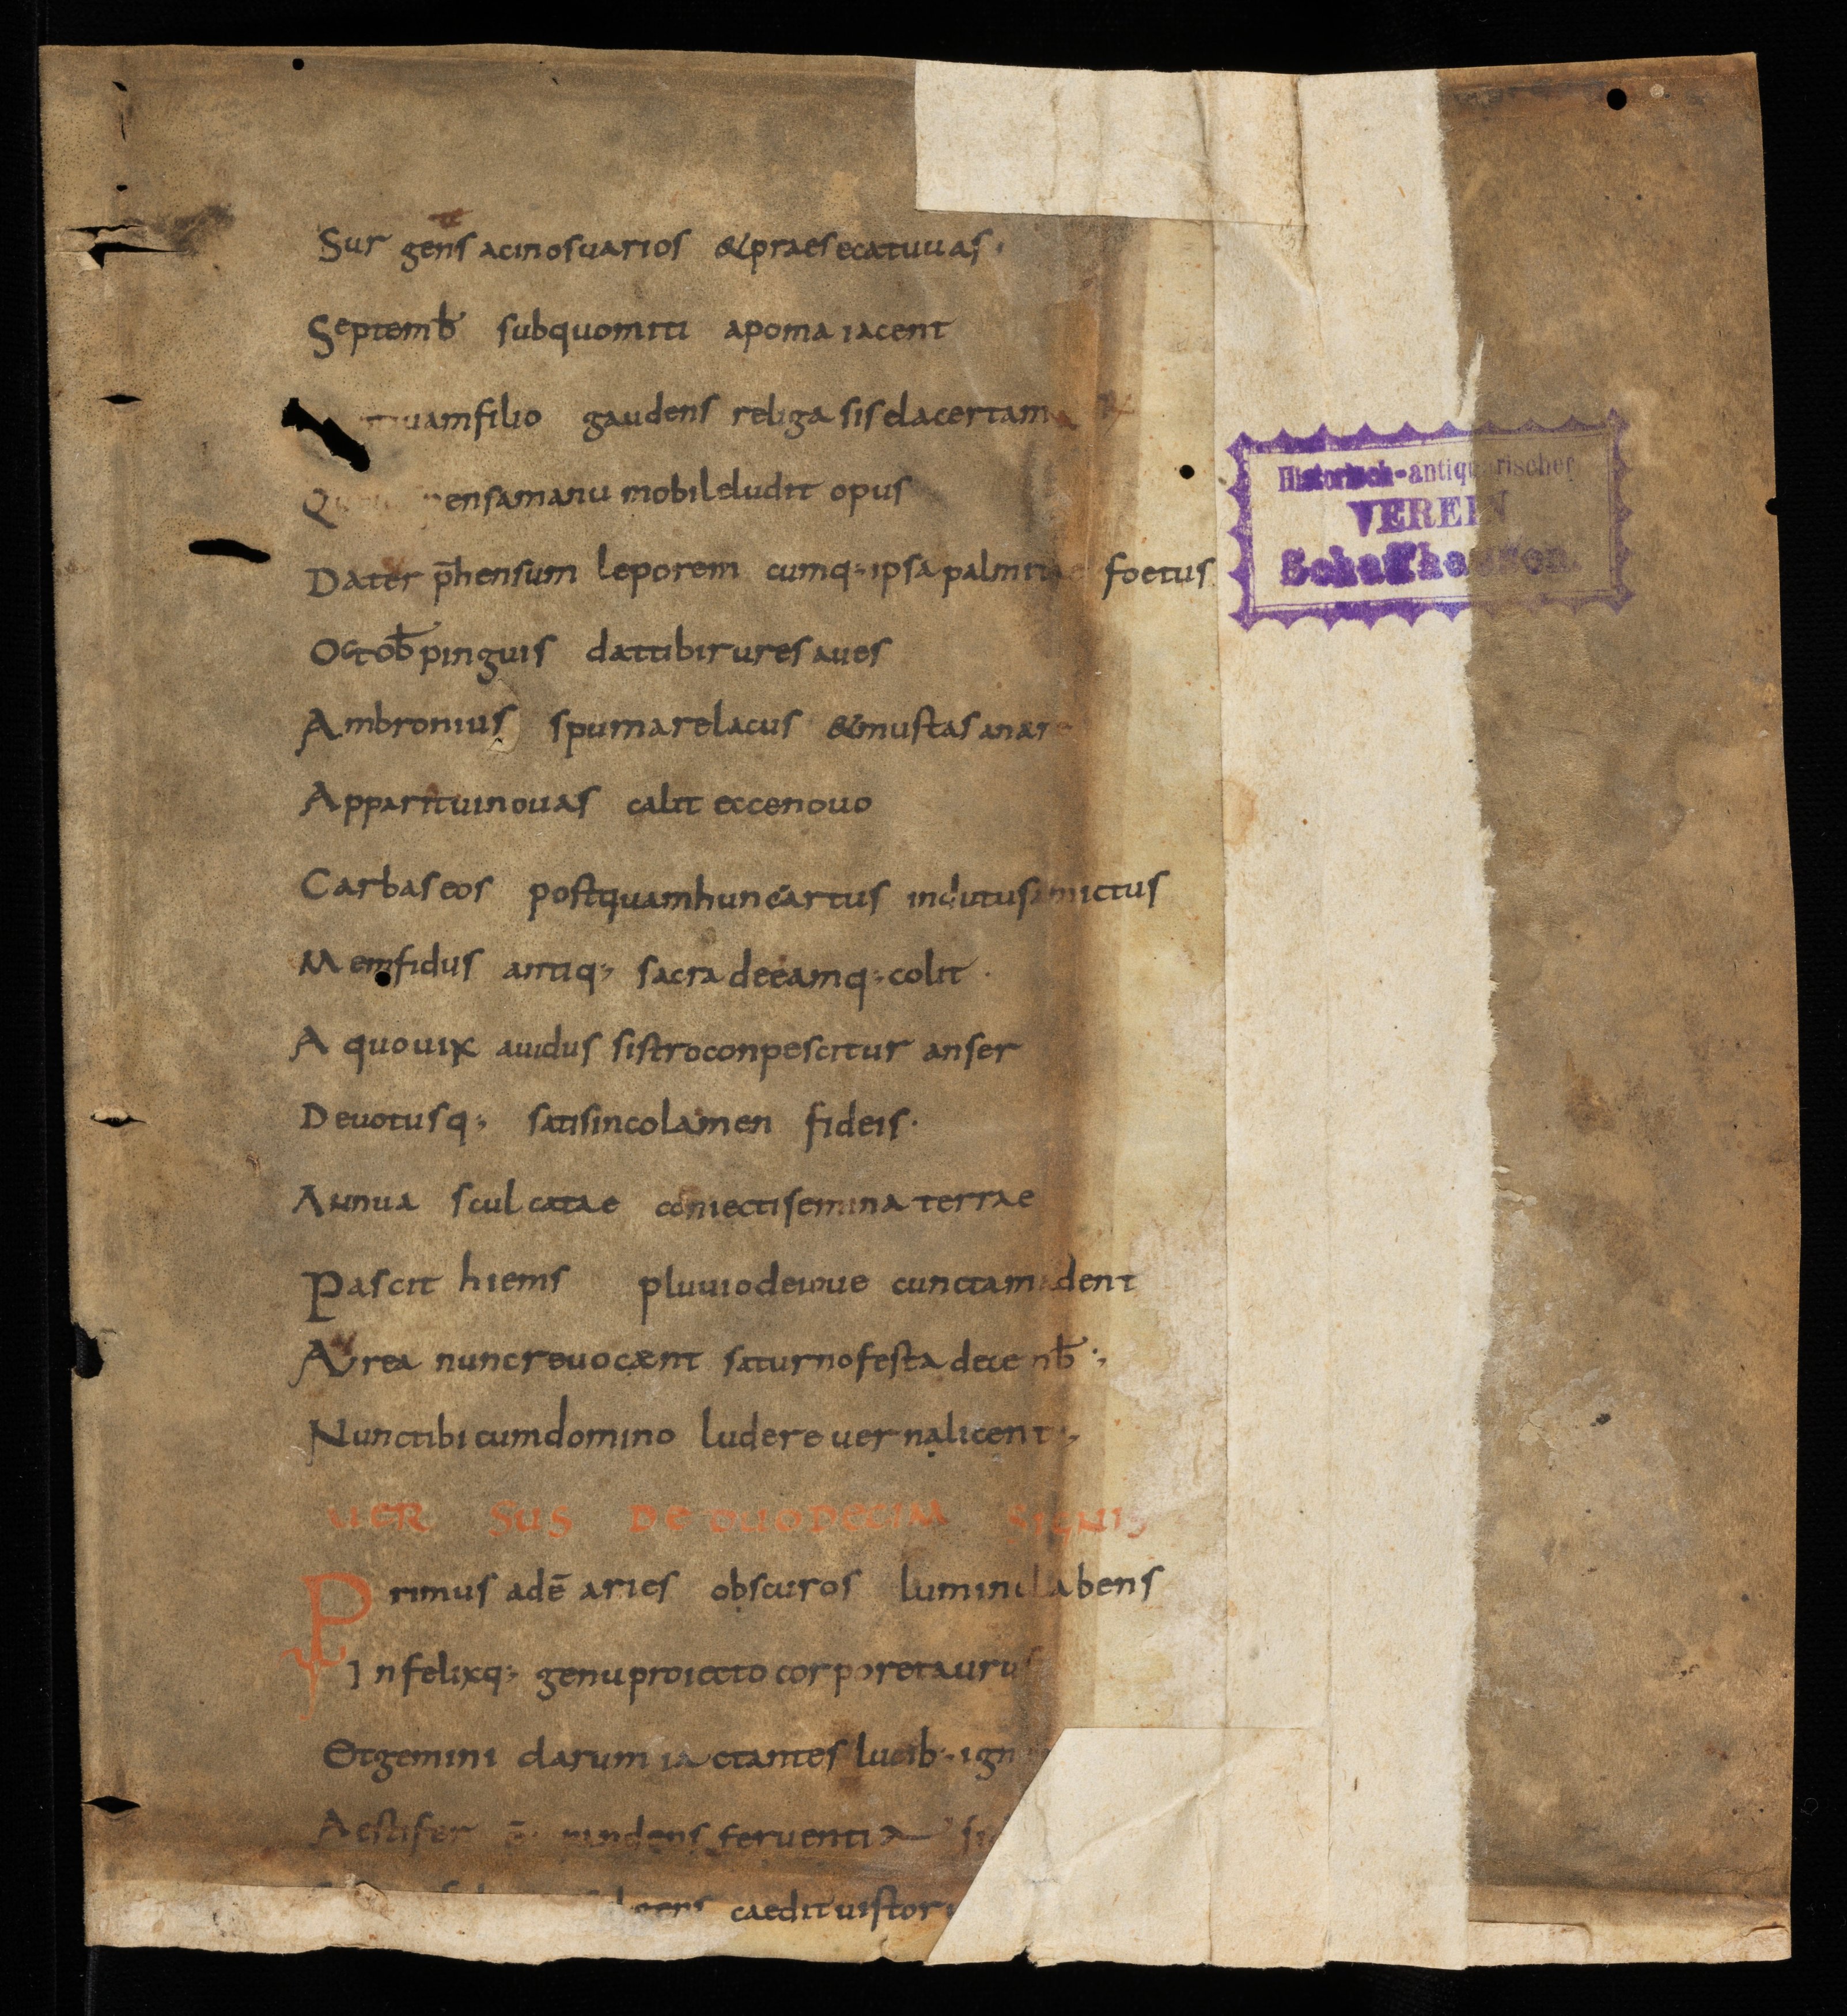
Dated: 825–849